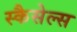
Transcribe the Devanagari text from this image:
स्कैसेल्स